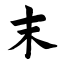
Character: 末